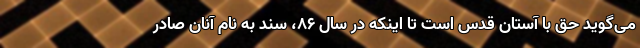
می‌گوید حق با آستان قدس است تا اینکه در سال ۸۶، سند به نام آنان صادر